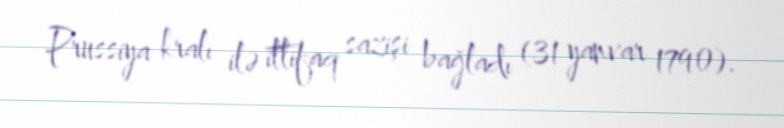
Prussiya kralı ilə ittifaq sazişi bağladı (31 yanvar 1790).